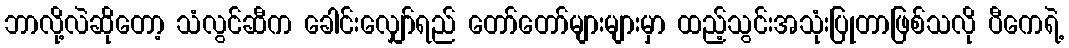
ဘာလို့လဲဆိုတော့ သံလွင်ဆီက ခေါင်းလျှော်ရည် တော်တော်များများမှာ ထည့်သွင်းအသုံးပြုတာဖြစ်သလို ပီကေရဲ့